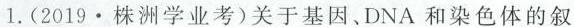
1.(2019·株洲学业考)关于基因、DNA和染色体的叙